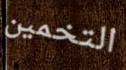
التخمين